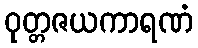
ဝုတ္တဇယကာရဏံ